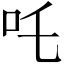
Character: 吒